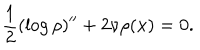
LaTeX: \frac { 1 } { 2 } ( \log \rho ) ^ { \prime \prime } + 2 \nu \rho ( x ) = 0 .